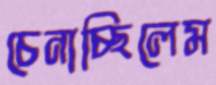
চেনাচ্ছিলেম